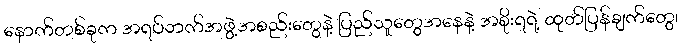
နောက်တစ်ခုက အရပ်ဘက်အဖွဲ့အစည်းတွေနဲ့ ပြည်သူတွေအနေနဲ့ အစိုးရရဲ့ ထုတ်ပြန်ချက်တွေ၊